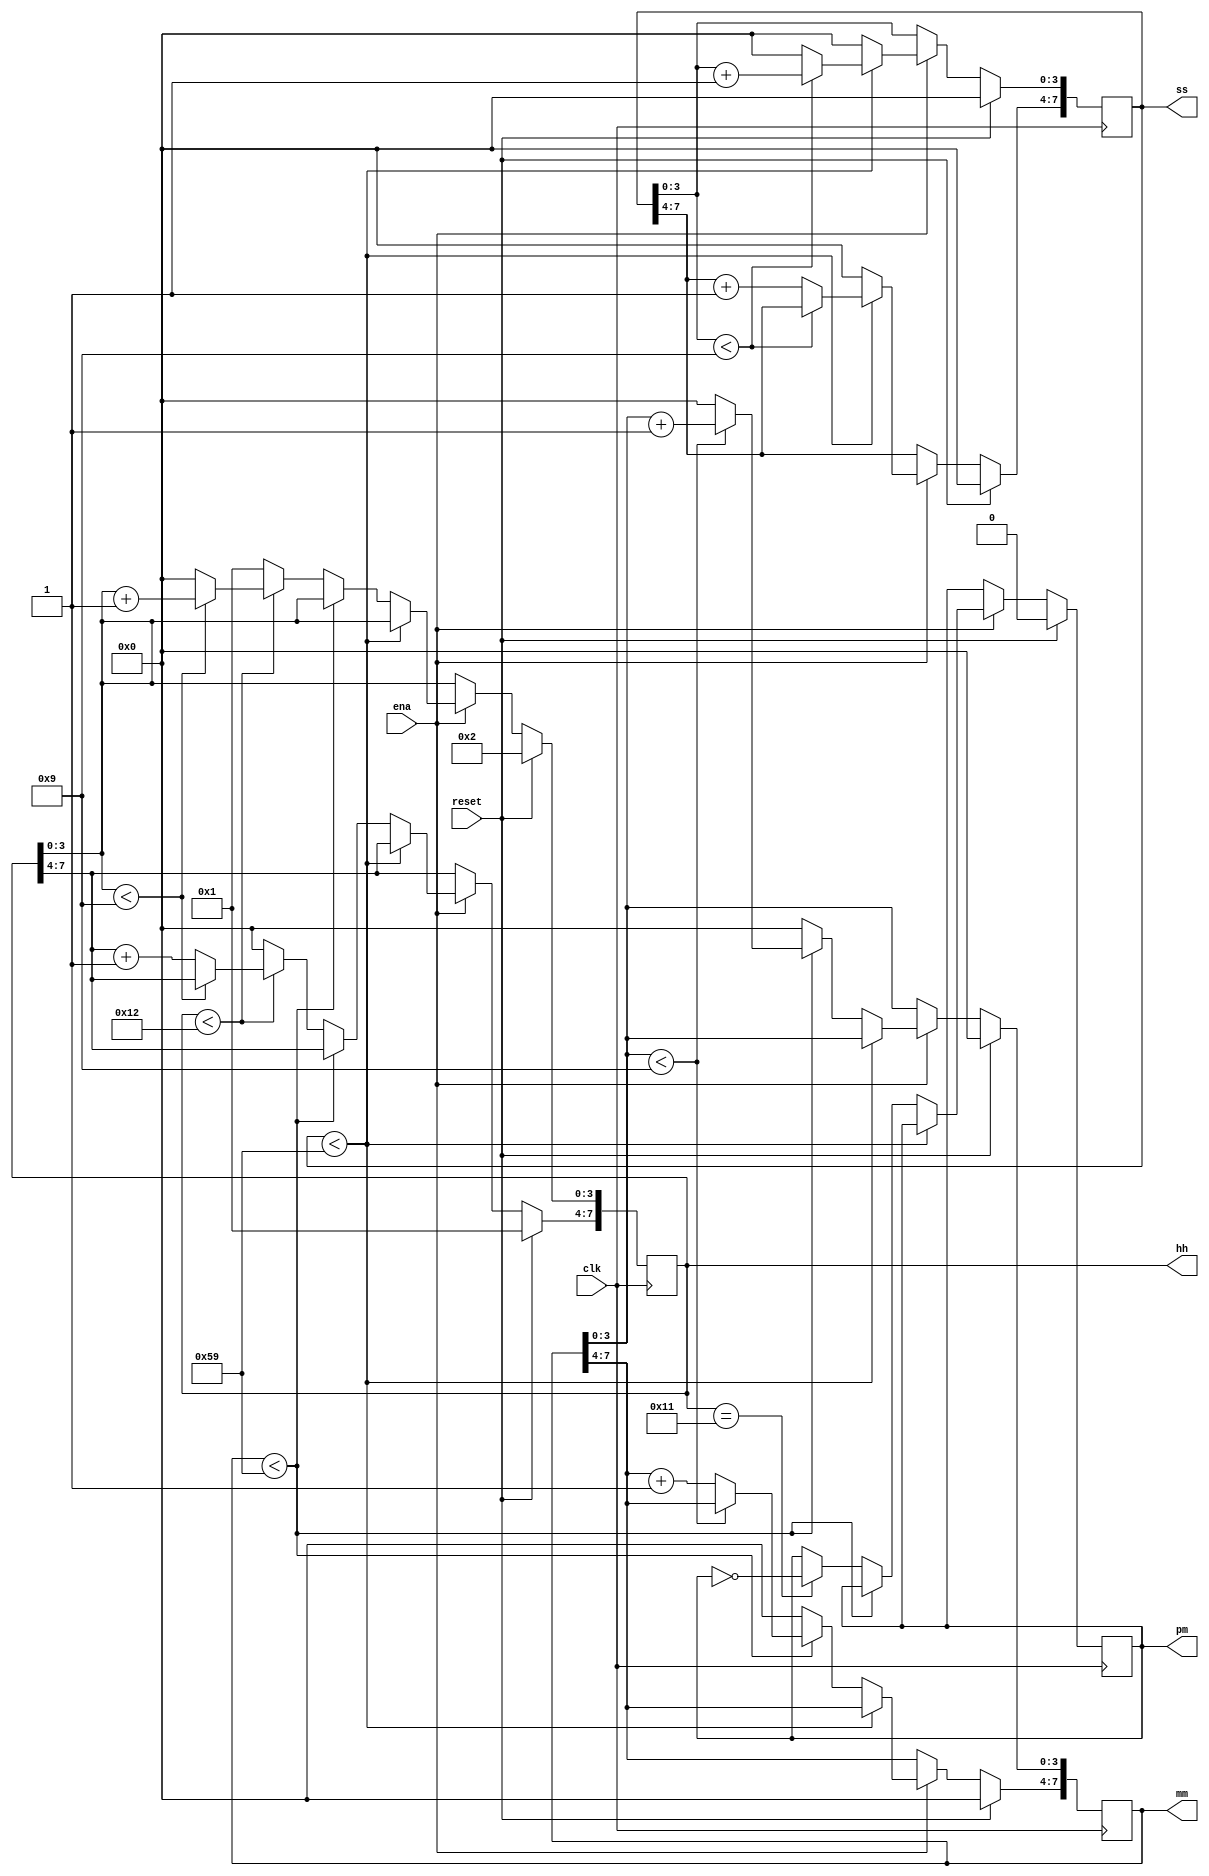
module top_module (
    input clk,
    input reset,
    input ena,
    output pm,
    output [7:0] hh,
    output [7:0] mm,
    output [7:0] ss
);
    reg p;
    reg [7:0] h,m,s;
    always @(posedge clk) begin
        if(reset) begin
            p<=0;
            h<=8'h12;
            m<=8'h00;
            s<=8'h00;
        end
        else begin
            if(ena) begin
                if(s<8'h59) begin
                    if(s[3:0]<4'h9)
                        s[3:0]<=s[3:0]+1'h1;
                    else begin
                        s[3:0]<=4'h0;
                        s[7:4]=s[7:4]+1'h1;
                    end
                end
                else begin
                    s<=0;
                    if(m<8'h59) begin
                        if(m[3:0]<4'h9)
                            m[3:0]<=m[3:0]+1'h1;
                        else begin
                            m[3:0]<=4'h0;
                            m[7:4]<=m[7:4]+1'h1;
                        end
                    end
                    else begin
                        m<=0;
                        if(h==8'h11) p=!p;
                        if(h<8'h12) begin
                            if(h[3:0]<4'h9)
                                h[3:0]<=h[3:0]+1;
                            else begin
                                h[3:0]<=0;
                                h[7:4]<=h[7:4]+4'h1;
                            end
                        end
                        else h<=1'h1;
                    end
                end
            end
        end
    end
    assign pm = p;
    assign hh = h;
    assign mm = m;
    assign ss = s;
endmodule